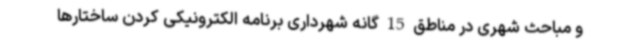
و مباحث شهری در مناطق 15 گانه شهرداری برنامه الکترونیکی کردن ساختارها